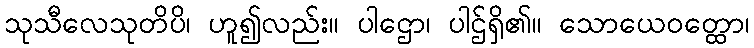
သုသီလေသုတိပိ၊ ဟူ၍လည်း။ ပါဌော၊ ပါဌ်ရှိ၏။ သောယေဝတ္ထော၊